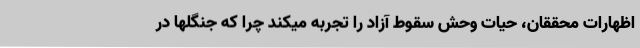
اظهارات محققان، حیات وحش سقوط آزاد را تجربه میکند چرا که جنگلها در